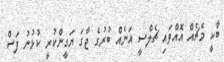
ބާކީ މެޗެއް އޮއްވައި ޗެލްސީ އަނެއް ބުރުގެ ޖާގަ ޔަގީންކުރީ ކުޅުނު ފަސް